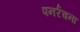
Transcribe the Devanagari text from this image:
पनर्रचना